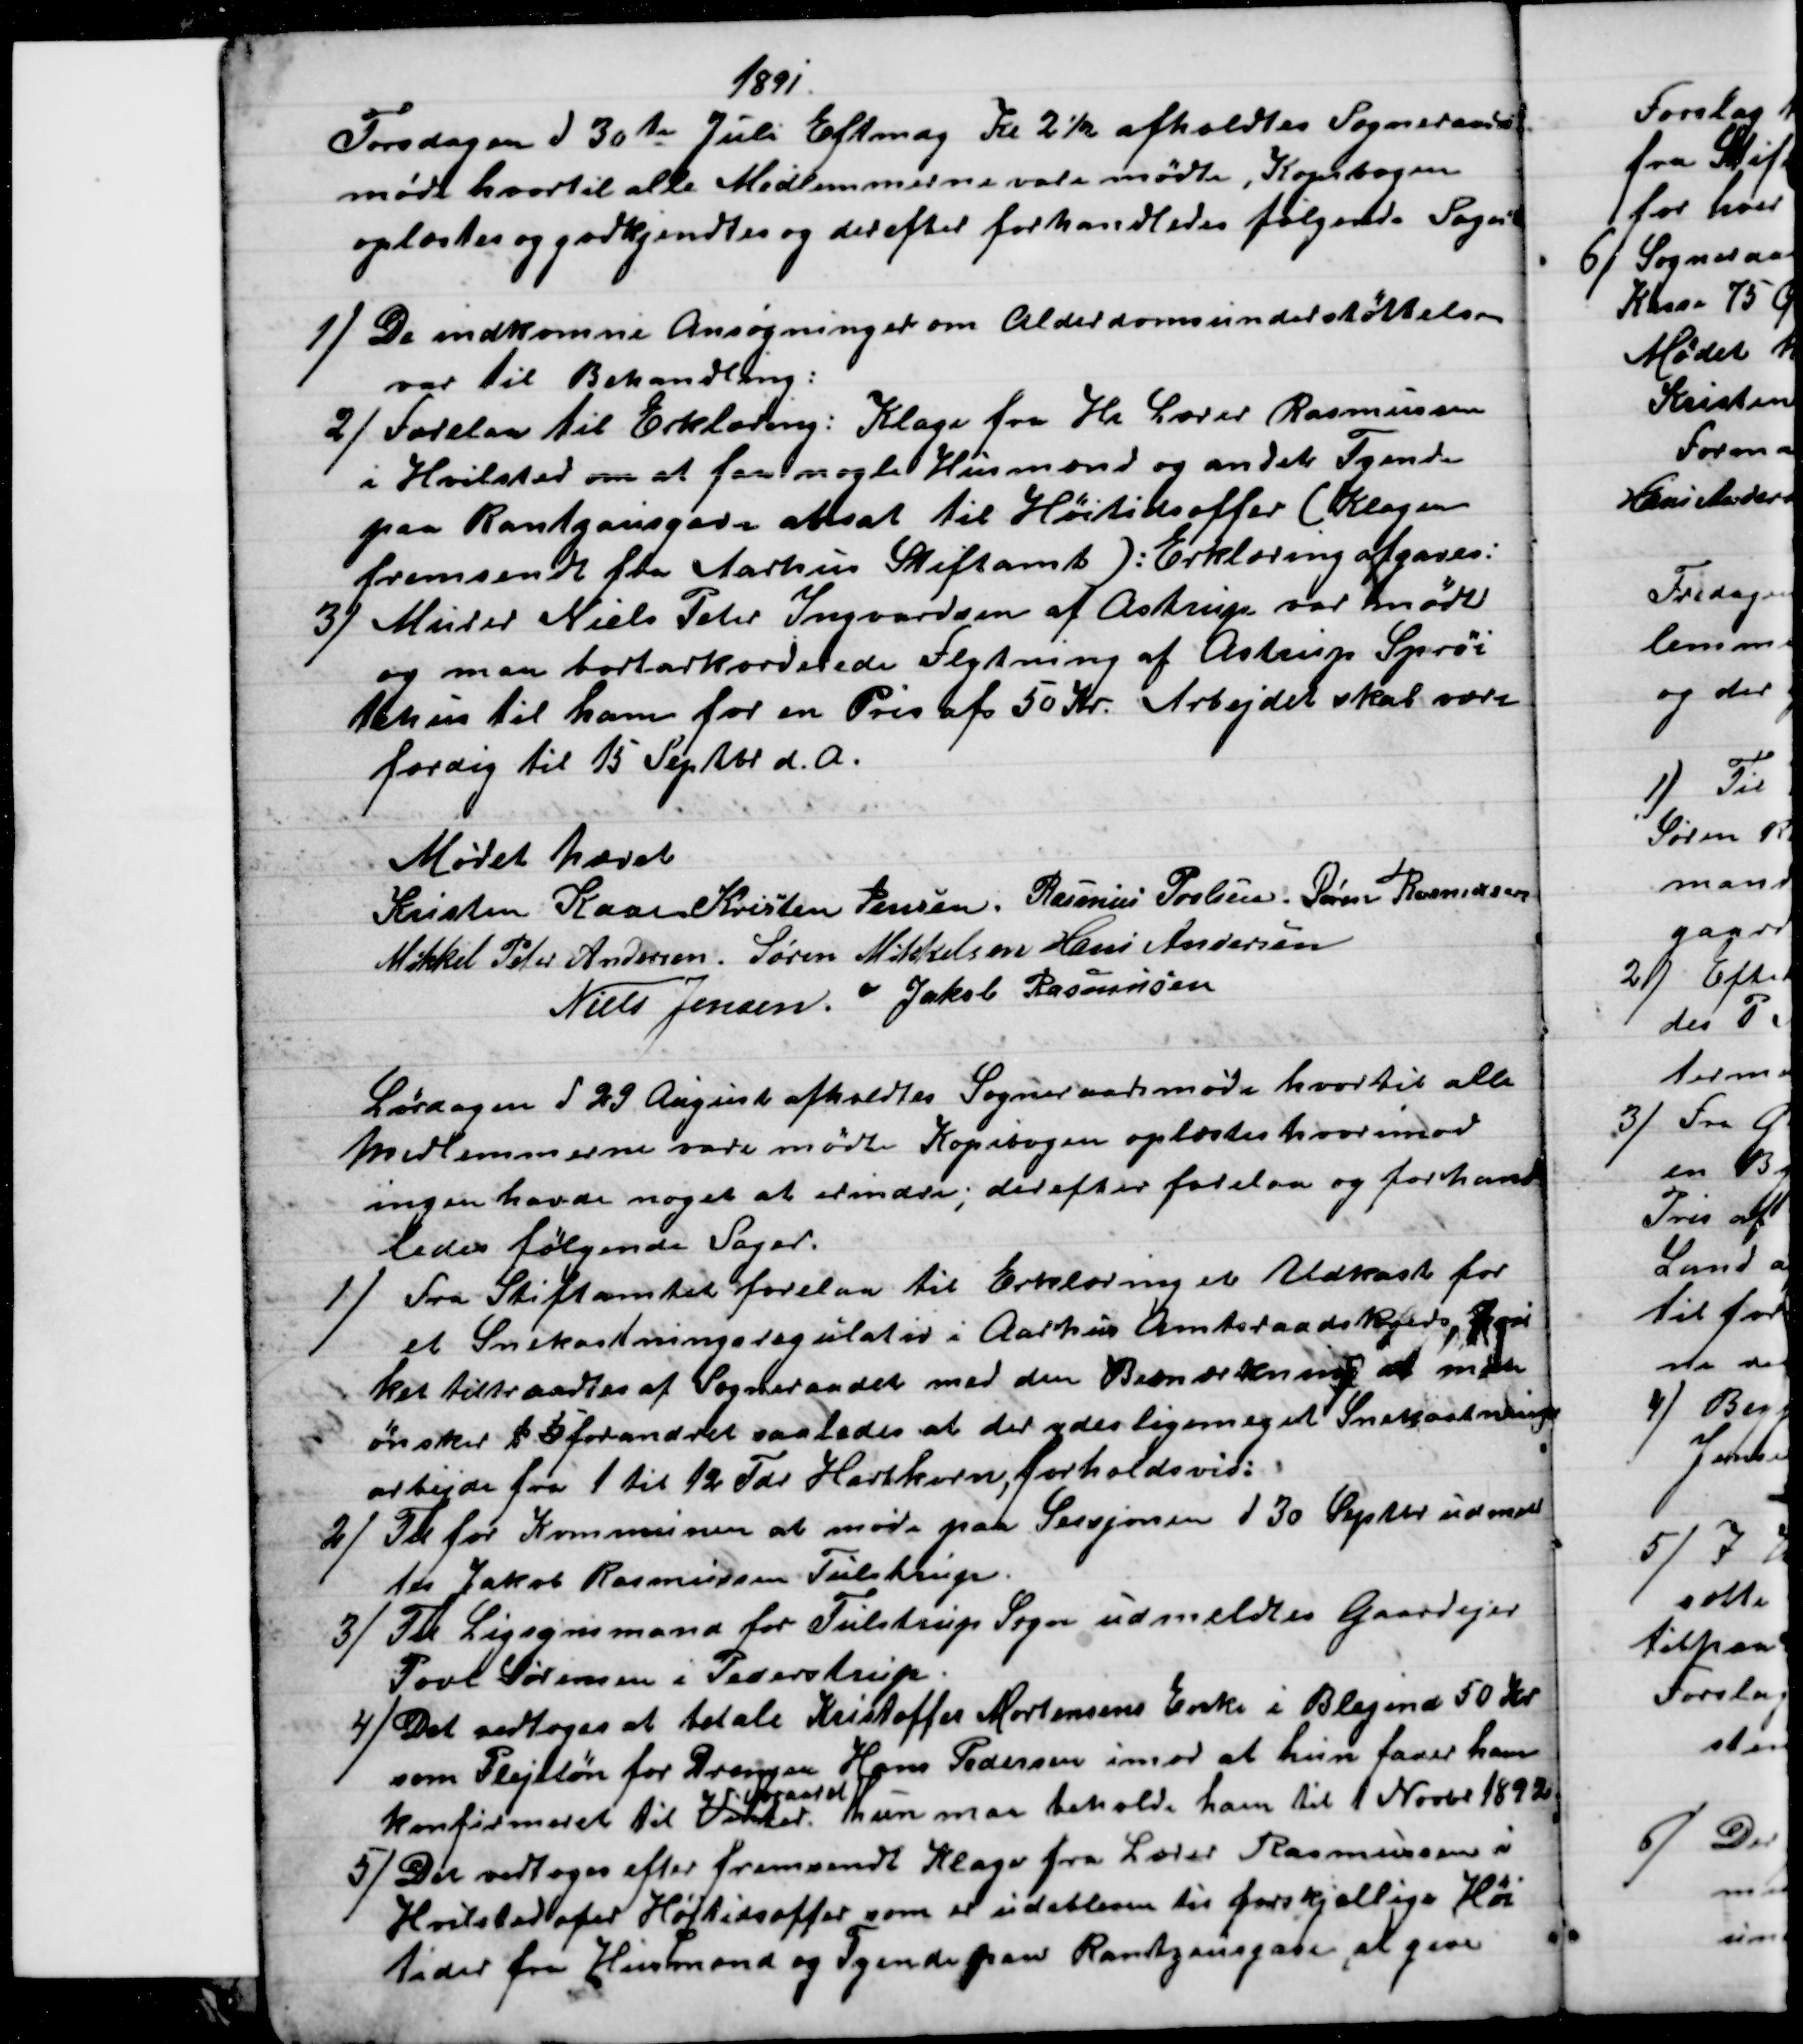
Transskription:
1891.
Torsdagen d 30te Juli Eftmdg Kl 2½ afholdtes Sogneraads
møde hvortil alle Medlemmerne vare mødte, Kopibogen
oplæstes og godkjendtes og derefter forhandledes følgende Sager
1) 
De indkomne Ansøgninger om Alderdomsunderstøttelse
var til Behandling:
2)
Forelaa til Erklæring: Klage fra Hr Lærer Rasmussen
i Hvilsted om at faa nogle Husmænd og andet Tyende
paa Rantzausgave ansat til Høitidsoffer (Klagen
fremsendt fra Aarhus Stiftamt): Erklæring afgaves:
3)
Murer Niels Peter Ingvardsen af Astrup var mødt
og man bortarkorderede Flytning af Astrup Sprøi
tehus til ham for en Pris af 50 Kr. Arbejdet skal være
færdig til 15 Septbr. d. A.
Mødet hævet
Kristen Kaae Kristen Jensen. Rasmus Povlsen. Søren Rasmussen
Mikkel Peter Andersen. Søren Mikkelsen Hans Andersen
Niels Jensen. Jakob Rasmussen
Lørdagen d 29 August afholdtes Sogneraadsmøde hvortil alle
Medlemmerne vare mødte Kopibogen oplæstes hvorimod
ingen havde noget at erindre; derefter forelaa og forhand
ledes følgende Sager.
1) 
Fra Stiftamtet forelaa til Erklæring et Udkast for
et Snekastningsregulativ i Aarhus Amtsraadskjreds, hvil
ket tiltraadtes af Sogneraadet med den Bemærkning at man
ønsker § 5 forandret saaledes at der ydes ligemeget Snekastnings
arbejde fra 1 til 12 Tdr Hartkorn, forholdsvis:
2) 
Til for Kommunen at møde paa Sessjonen d 30 Septbr udmeld
tes Jakob Rasmussen Tulstrup.
3)
Til Ligsynsmand for Tulstrup Sogn udmeldtes Gaardejer
Povl Sørensen i Pederstrup.
4) 
Det vedtoges at betale Kristoffer Mortensens Enke i Blegind 50 Kr
som Plejeløn for Drengen Hans Pedersen imod at hun faaer ham
konfirmeret til Vinter 
Foraaret
Hun maa beholde ham til 1 Novbr 1892
5) 
Der vedtoges efter fremsendt Klage fra Lærer Rasmussen i
Hvilsted ofver Høitidsoffer som er udebleven til forskjellige Høi
tider fra Husmand og Tyende paa Rantzensgave, at give